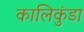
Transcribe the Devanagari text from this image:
कालिकुंडा